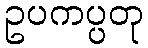
ဥပကပ္ပတု